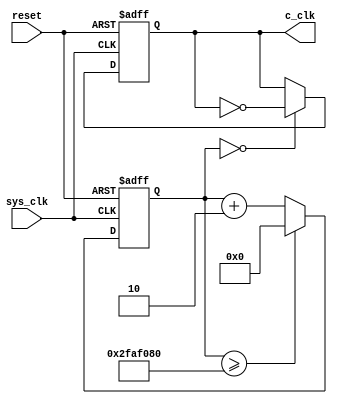

module count_clk(sys_clk,reset,c_clk);
  input sys_clk,reset;
  output c_clk;
  reg c_clk=1'b0;
  
  parameter CNT=26'd50000000;
  
  reg [25:0] cnt=26'd0;
  
  always @(posedge sys_clk,negedge reset)
  begin
    if(~reset)
      begin
        cnt<=26'd0;
        c_clk<=1'b0;
      end
    else
      begin
        if(cnt>=CNT)
          cnt<=26'd0;
        else
          cnt<=cnt+26'd2;
          
        if(cnt==26'd0)
          c_clk=~c_clk;
      end
  end
  
endmodule